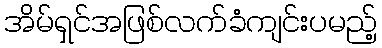
အိမ်ရှင်အဖြစ်လက်ခံကျင်းပမည့်